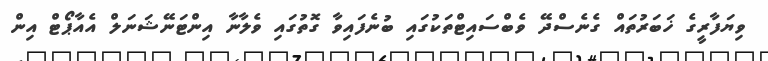
ވިޔަފާރީގެ ޚަބަރުތައް ގެނެސްދޭ ވެބްސައިޓްތަކުގައި ބުނެފައިވާ ގޮތުގައި ވެލާނާ އިންޓަނޭޝަނަލް އެއާޕޯޓް އިން